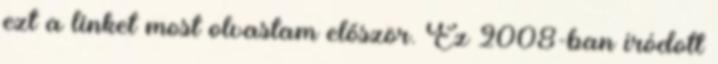
ezt a linket most olvastam először. Ez 2008-ban íródott